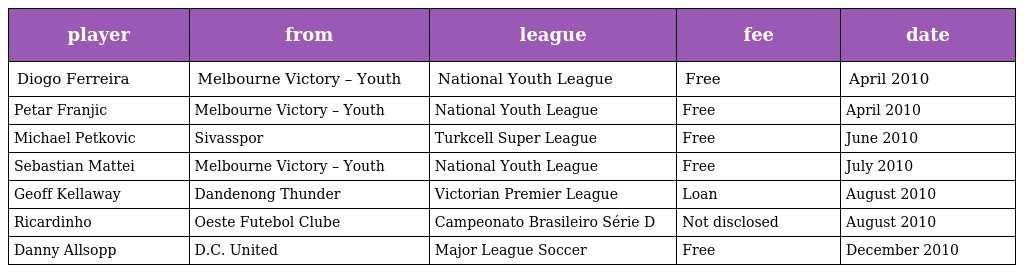
| player | from | league | fee | date |
 | --- | --- | --- | --- | --- |
 | Diogo Ferreira | Melbourne Victory – Youth | National Youth League | Free | April 2010 |
 | Petar Franjic | Melbourne Victory – Youth | National Youth League | Free | April 2010 |
 | Michael Petkovic | Sivasspor | Turkcell Super League | Free | June 2010 |
 | Sebastian Mattei | Melbourne Victory – Youth | National Youth League | Free | July 2010 |
 | Geoff Kellaway | Dandenong Thunder | Victorian Premier League | Loan | August 2010 |
 | Ricardinho | Oeste Futebol Clube | Campeonato Brasileiro Série D | Not disclosed | August 2010 |
 | Danny Allsopp | D.C. United | Major League Soccer | Free | December 2010 |